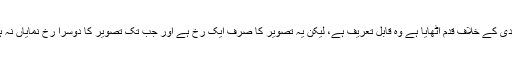
ہماری فوج اور حکومت نے جس ہمت، حوصلے اور جذبے کے تحت دہشت گردی کے خلاف قدم اٹھایا ہے وہ قابل تعریف ہے، لیکن یہ تصویر کا صرف ایک رخ ہے اور جب تک تصویر کا دوسرا رخ نمایاں نہ ہو‘ا س وقت تک ہم دہشت گردی کی اس لعنت سے نجات حاصل نہیں کر سکتے۔